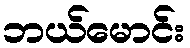
ဘယ်မောင်း